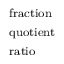
\begin{array} { l } { \scriptstyle { \mathrm { f r a c t i o n } } } \\ { \scriptstyle { \mathrm { q u o t i e n t } } } \\ { \scriptstyle { \mathrm { r a t i o } } } \end{array}